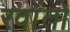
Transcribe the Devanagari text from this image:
रवांतो